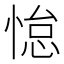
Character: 𫺭